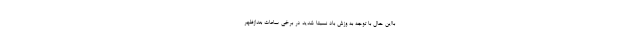
بااین ‌حال با توجه به وزش باد نسبتاً شدید در برخی ساعات بعدازظهر